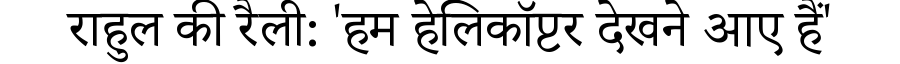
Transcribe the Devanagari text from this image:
राहुल की रैली: 'हम हेलिकॉप्टर देखने आए हैं'